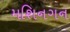
મશિનગન